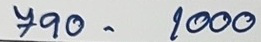
790 - 1000